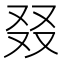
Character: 叕